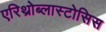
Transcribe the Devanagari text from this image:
एरिथ्रोब्लास्टोसिस